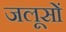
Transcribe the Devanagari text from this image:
जलूसों